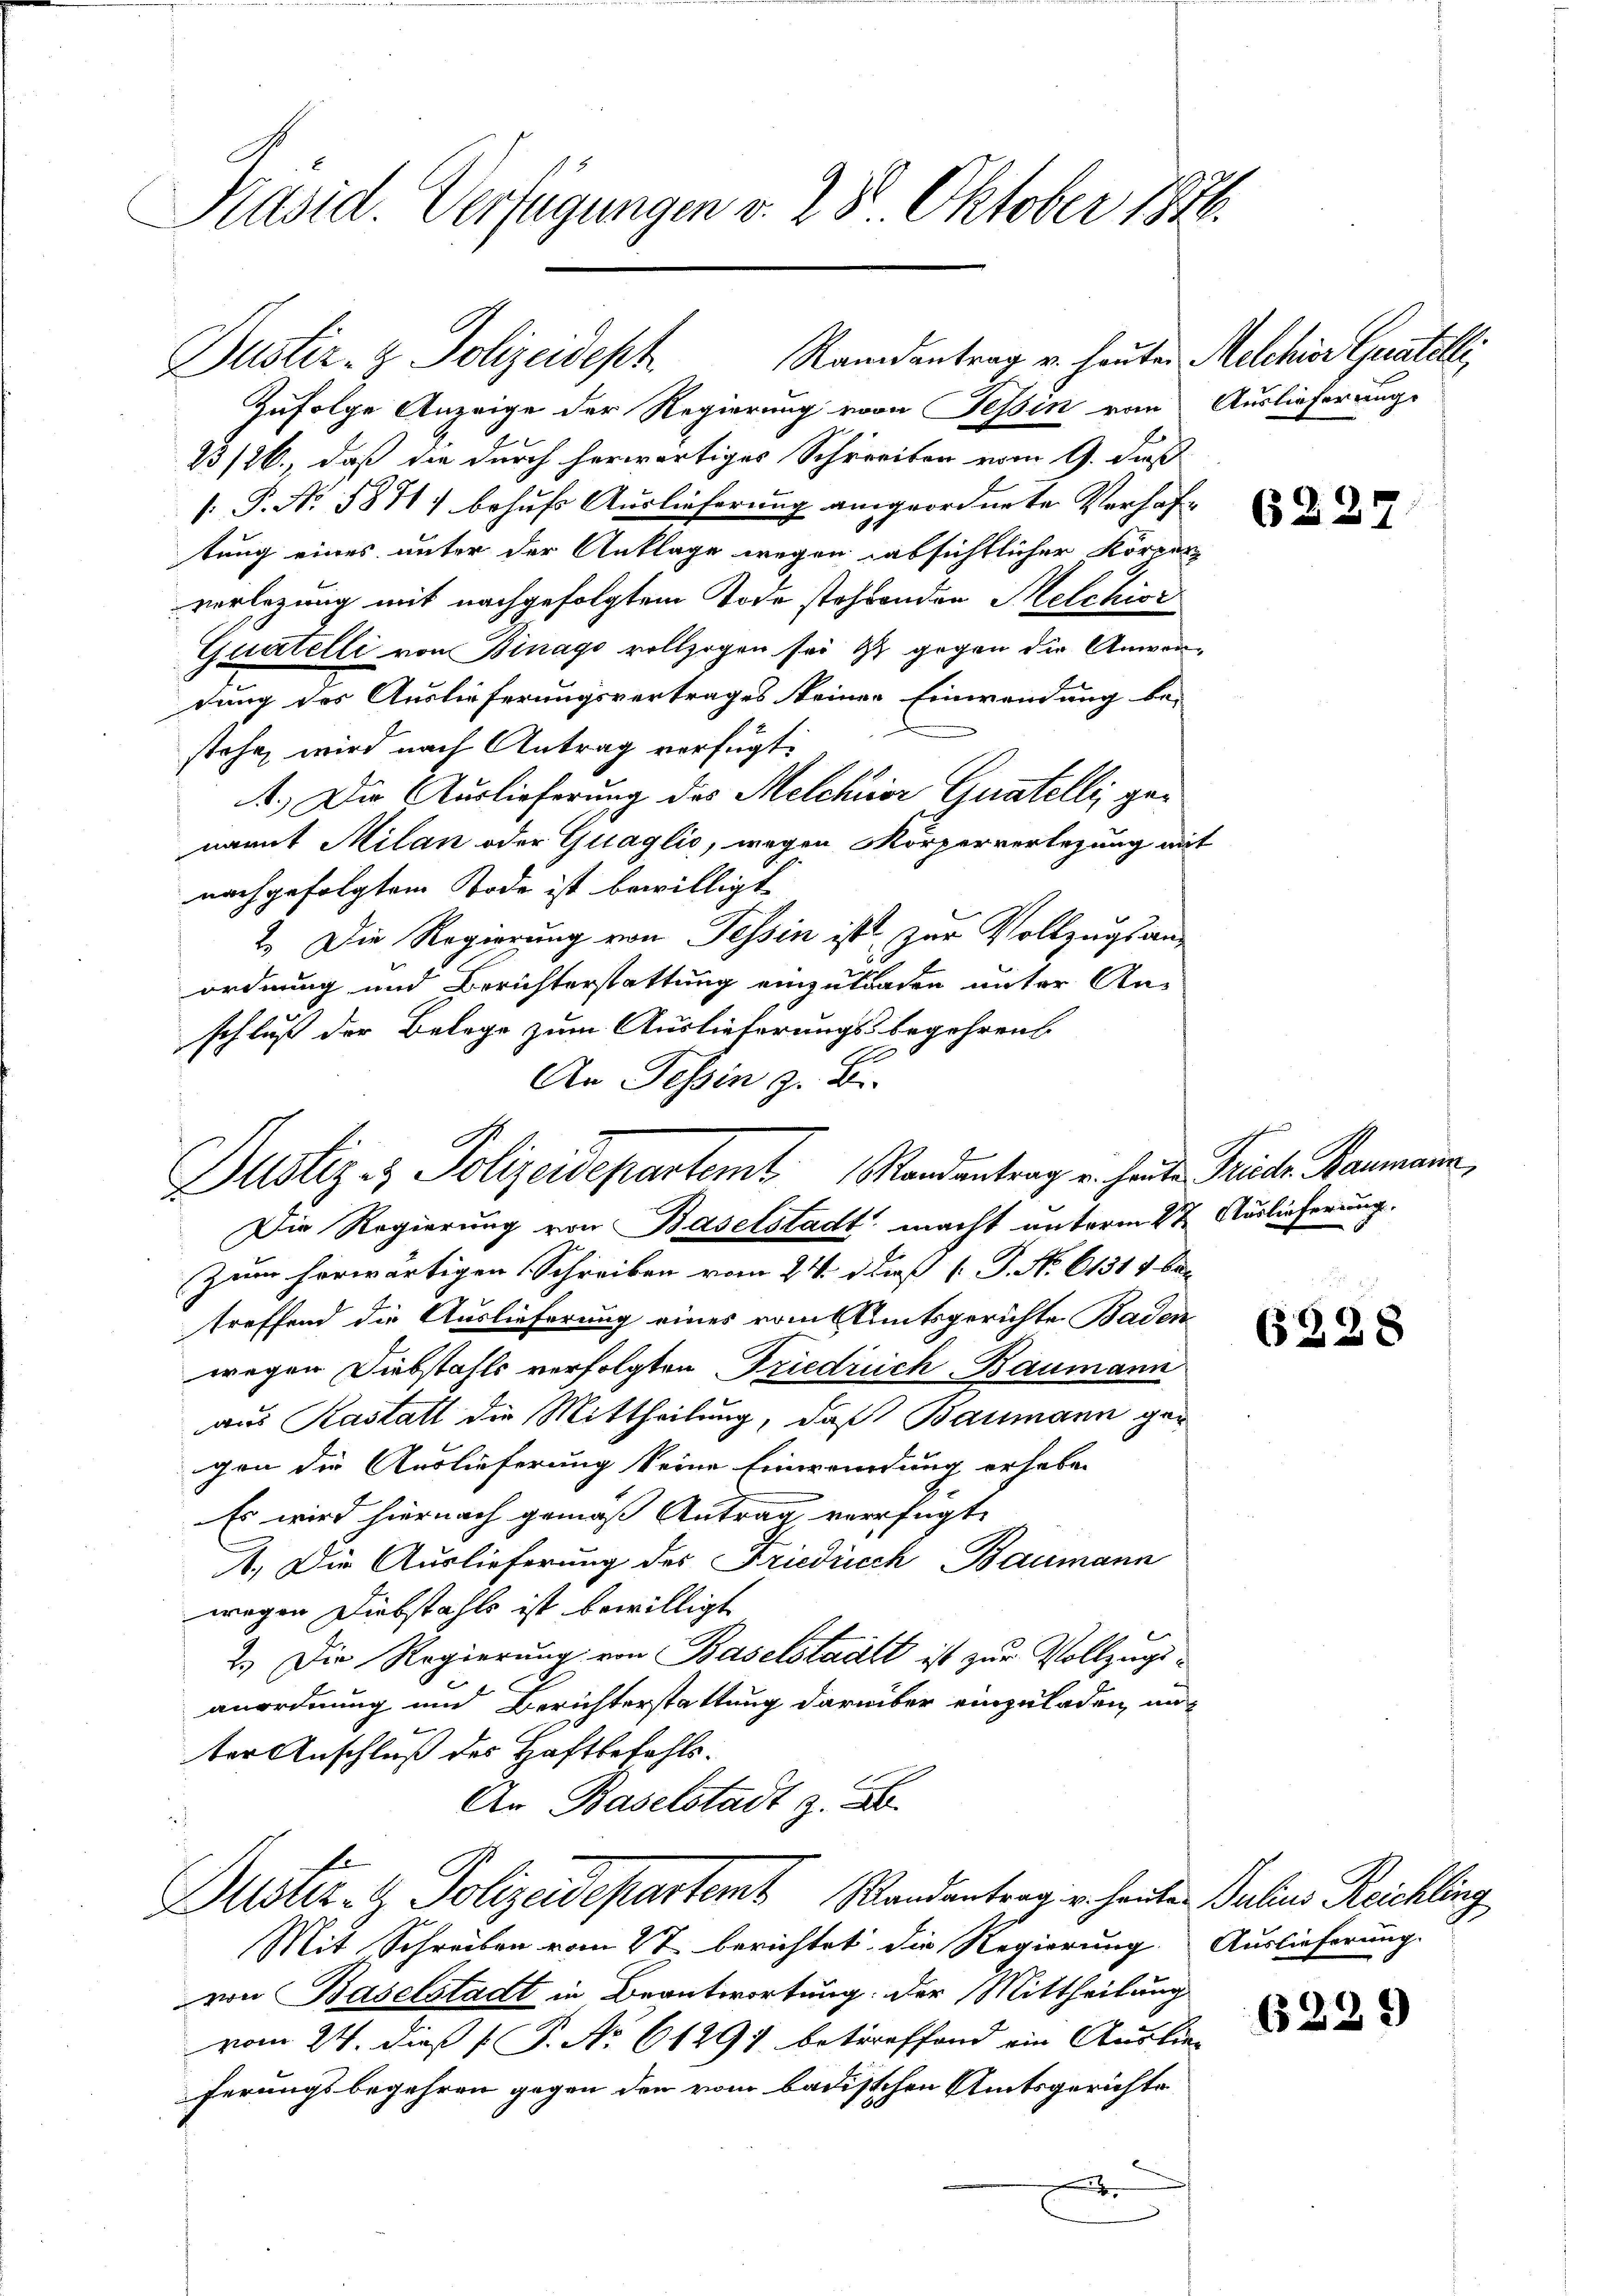
Präsid. Verfügungen v. 28 Oktober 1876.

Dustiz- & Polizeideph
Zufolge Anzeige der Regierung vom Tessin vom Auslieferung
23/26., daß die durch herwärtiges Schreiben vom 9. daß
 P. No. 5871) behufs Auslieferung angeordnete Verhaftung eines unter der Anklage wegen absichtlicher Körper
verlegung mit nachgefolgtem Tode stehenden Melchior
Quatelli von Binago vollzogen sei ist gegen die Anwendung des Auslieferungsvertrages keiner Einwendung be-
stehen wird nach Antrag verfügt:
1.) Die Auslieferung des Melchior Quatelli, genamit Milan oder Quaglio, wegen Körperverlegung mit
nachgefolgtem Tode ist bewilligt
2.) Die Regierung von Tessin ist zur Vollzugs an-
ordnung und Berichterstattung einzutragen unter An-
schluß der Belege zum Auslieferungsbegehrens
An Tessin z. B.

G.
Justiz- & Polizeidepartem Randantrag u. heute Frieder Baumann,
Die Regierung von Baselstadt macht unterm 1 t Auslieferung

Randantrag u. heuten Melchior Curatelli,

Zum herwärtigen Schreiben vom 24. das P. No. 61311 be
treffend die Auslieferung eines vom Amtsgerichte Badenwegen Diebstahls verfolgten Friedrich-Baumann
aus Kastatt die Mittheilung, daß Baumann gegen die Auslieferung keine Einwendung erheben
Es wird hiernach gemäß Antrag verfügt.
1.) Die Auslieferung des Friedrich Baumann
wegen Diebstahls ist bewilligt
2.) Die Regierung von Baselstadt ist zur Vollzugsanordnung und Berichterstattung darüber einzuladen, unter Anschluß des Haftbefehls.
An Baselstadt z. B.
Dustiz- & Polizeidepartem Wandentrag u. heuten Julius Reichling
Mit Schreiben vom 27 berichtet die Regierung
von Baselstadt in Beantwortung. Der Mittheilung
vom 24. dieß P. No 61291 betreffend ein Auslie-
ferungsbegehren gegen den vom badischen Amtsgerichte

632

6228

Auslieferung.

6229